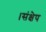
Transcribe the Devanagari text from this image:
।संक्षेप